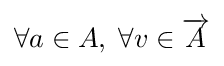
\forall a\in A,\;\forall v\in {\overrightarrow {A}}